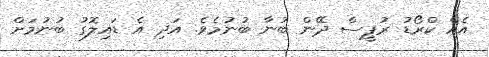
އެއް ކްރޯޑު ރުޕީސް ދޭން ބުނާ ބުނުމެވެ. އަދި އެ ޑައިލޮގު ބުނުމަށް